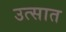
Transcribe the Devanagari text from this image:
उत्सात